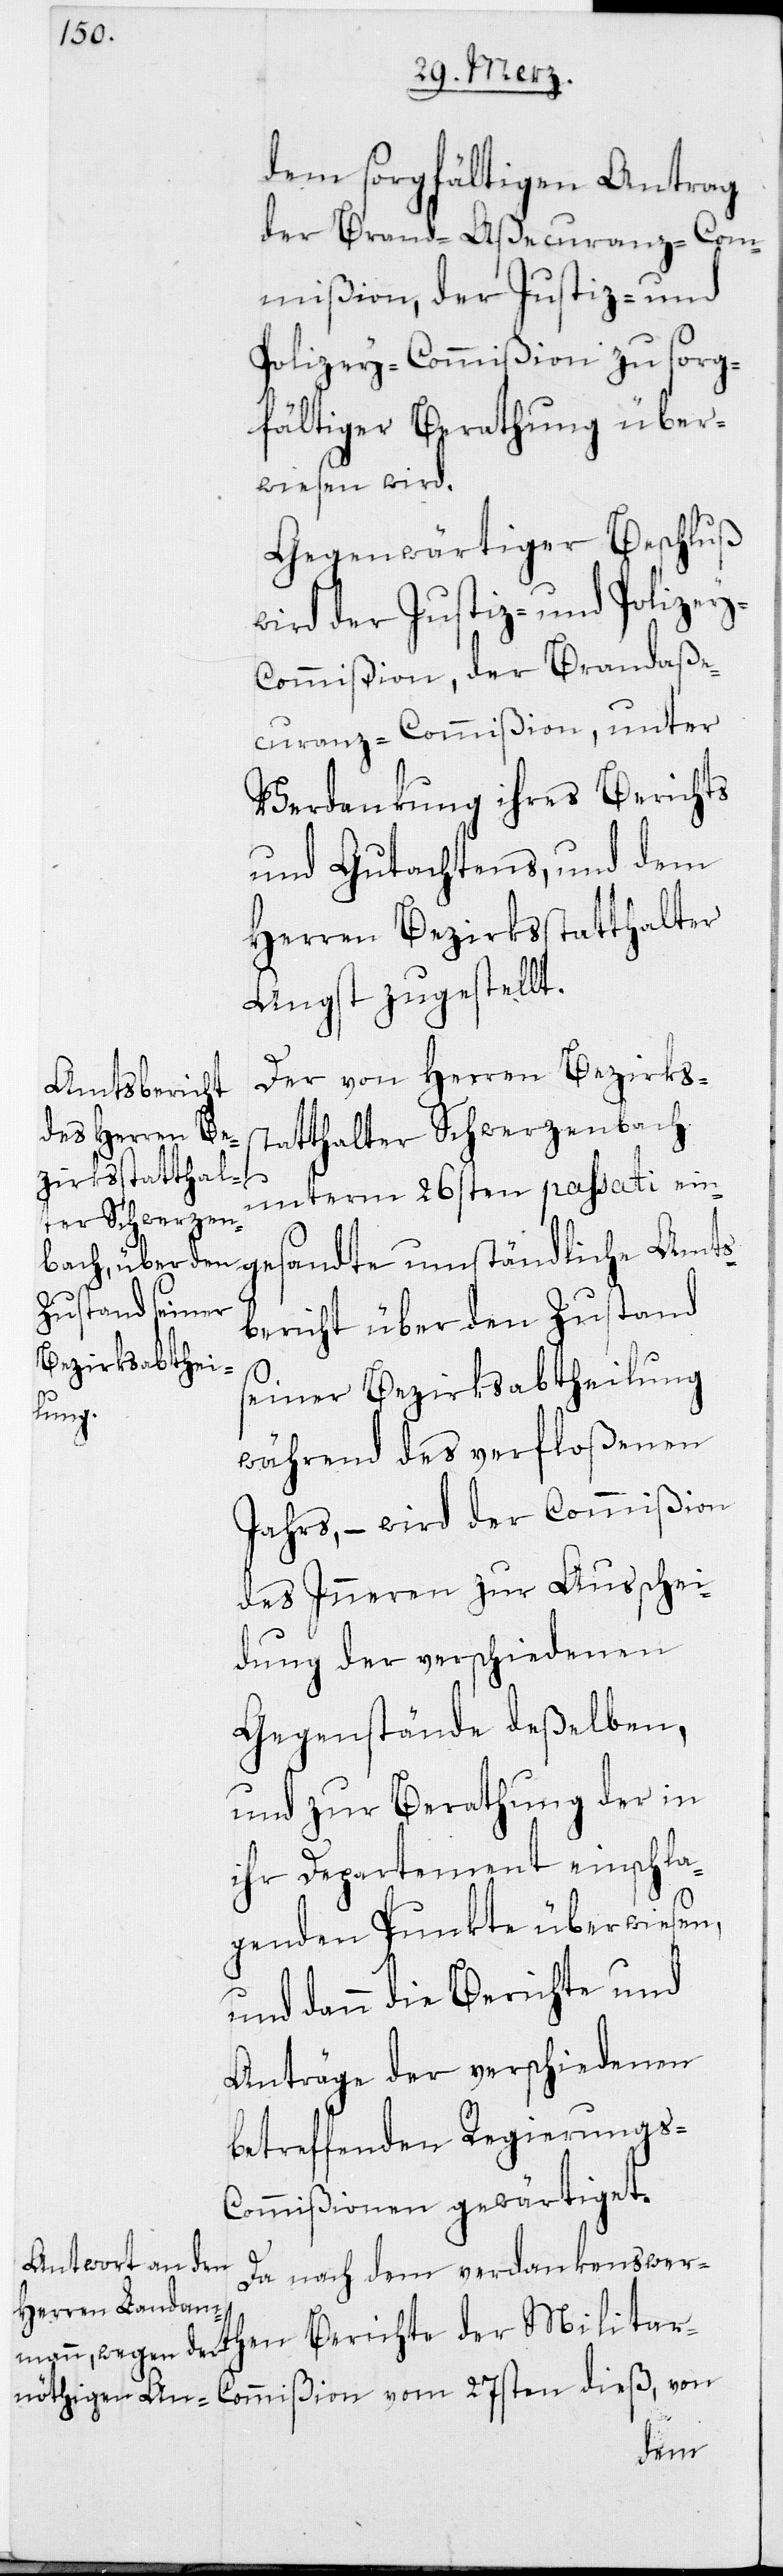
dem sorgfältigen Antrag
der Brand-Aßecuranz-Com¬
mißion, der Justiz- und
Polizey-Commißion zu sorg¬
fältiger Berathung über¬
wiesen wird.
Gegenwärtiger Beschluß
wird der Justiz- und Polizey-C¬
ommißion, der Brandaße¬
curanz-Commißion, unter
Verdankung ihres Berichts
und Gutachtens, und dem
Herren Bezirksstatthalter
Angst zugestellt.
Der von Herren Bezirkss¬
tatthalter Schwerzenbach
unterm 26sten passati ein¬
andte umständliche Amts¬
bericht über den Zustand
seiner Bezirksabtheilung
während des verfloßenen
Jahrs, – wird der Commißion
des Inneren zur Ausschei¬
dung der verschiedenen
Gegenstände deßelben,
und zur Berathung der in
ihr Departement einschla¬
genden Punkte überwiesen,
und dann die Berichte und
Anträge der verschiedenen
betreffenden Regierungs-C¬
ommißionen gewärtiget.
ges¬
Da nach dem verdankenswert¬
hen Berichte der Militar-C¬
ommißion vom 27sten dieß, von